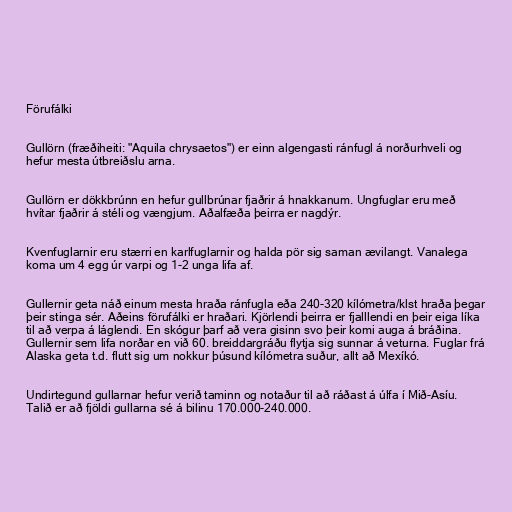
Förufálki

Gullörn (fræðiheiti: "Aquila chrysaetos") er einn algengasti ránfugl á norðurhveli og
hefur mesta útbreiðslu arna.

Gullörn er dökkbrúnn en hefur gullbrúnar fjaðrir á hnakkanum. Ungfuglar eru með
hvítar fjaðrir á stéli og vængjum. Aðalfæða þeirra er nagdýr.

Kvenfuglarnir eru stærri en karlfuglarnir og halda pör sig saman ævilangt. Vanalega
koma um 4 egg úr varpi og 1-2 unga lifa af.

Gullernir geta náð einum mesta hraða ránfugla eða 240-320 kílómetra/klst hraða þegar
þeir stinga sér. Aðeins förufálki er hraðari. Kjörlendi þeirra er fjalllendi en þeir eiga líka
til að verpa á láglendi. En skógur þarf að vera gisinn svo þeir komi auga á bráðina.
Gullernir sem lifa norðar en við 60. breiddargráðu flytja sig sunnar á veturna. Fuglar frá
Alaska geta t.d. flutt sig um nokkur þúsund kílómetra suður, allt að Mexíkó.

Undirtegund gullarnar hefur verið taminn og notaður til að ráðast á úlfa í Mið-Asíu.
Talið er að fjöldi gullarna sé á bilinu 170.000-240.000.